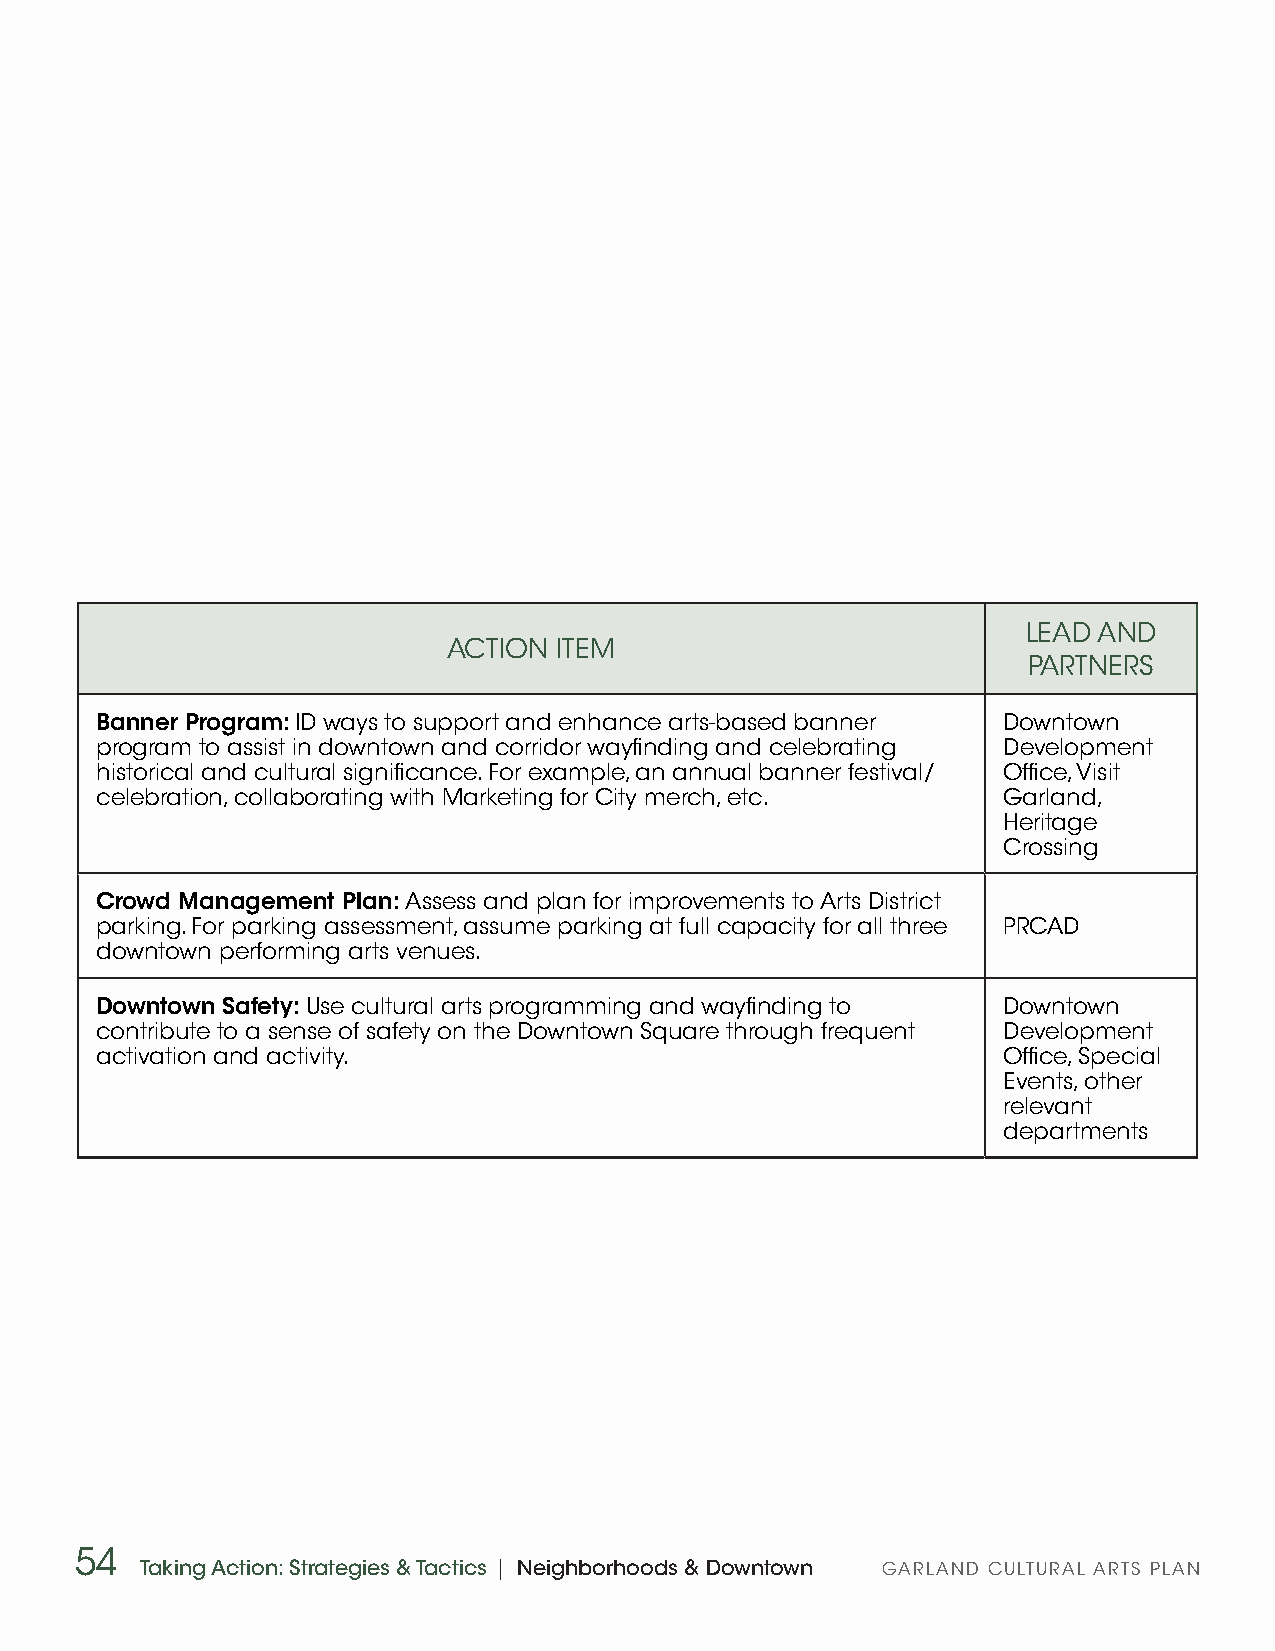
LEAD AND
 ACTION ITEM
 PARTNERS
 Banner Program: ID ways to support and enhance arts-based banner Downtown
 program to assist in downtown and corridor wayfinding and celebrating Development
 historical and cultural significance. For example, an annual banner festival/ Office, Visit
 celebration, collaborating with Marketing for City merch, etc. Garland,
 Heritage
 Crossing
 Crowd Management Plan: Assess and plan for improvements to Arts District
 parking. For parking assessment, assume parking at full capacity for all three PRCAD
 downtown performing arts venues.
 Downtown Safety: Use cultural arts programming and wayfinding to Downtown
 contribute to a sense of safety on the Downtown Square through frequent Development
 activation and activity.                                    Office, Special
 Events, other
 relevant
 departments
 54
 Taking Action: Strategies & Tactics | Neighborhoods & Downtown GARLAND CULTURAL ARTS PLAN